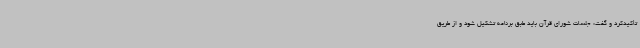
تأکیدکرد و گفت: جلسات شورای قرآن باید طبق برنامه تشکیل شود و از طریق